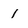
Character: 1